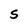
Character: S